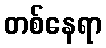
တစ်နေရာ